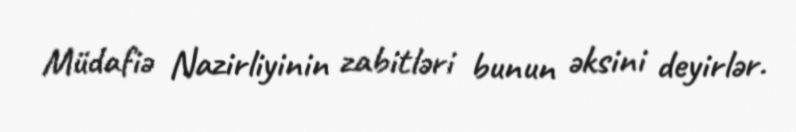
Müdafiə Nazirliyinin zabitləri bunun əksini deyirlər.